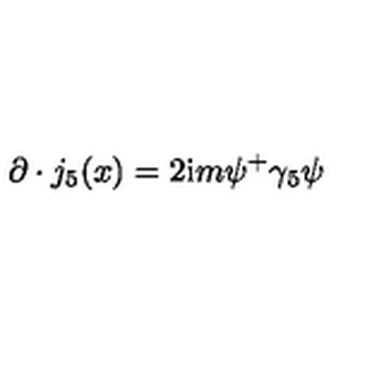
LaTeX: \partial \cdot j _ { 5 } ( x ) = 2 \mathrm { i } m \psi ^ { + } \gamma _ { 5 } \psi